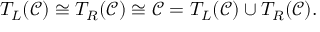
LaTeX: T _ { L } ( { \mathcal { C } } ) \cong T _ { R } ( { \mathcal { C } } ) \cong { \mathcal { C } } = T _ { L } ( { \mathcal { C } } ) \cup T _ { R } ( { \mathcal { C } } ) .